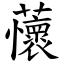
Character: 蘹